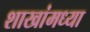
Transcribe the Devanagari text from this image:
शाखांमध्या